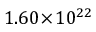
1 . 6 0 \! \times \! 1 0 ^ { 2 2 }